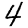
Digit: 4